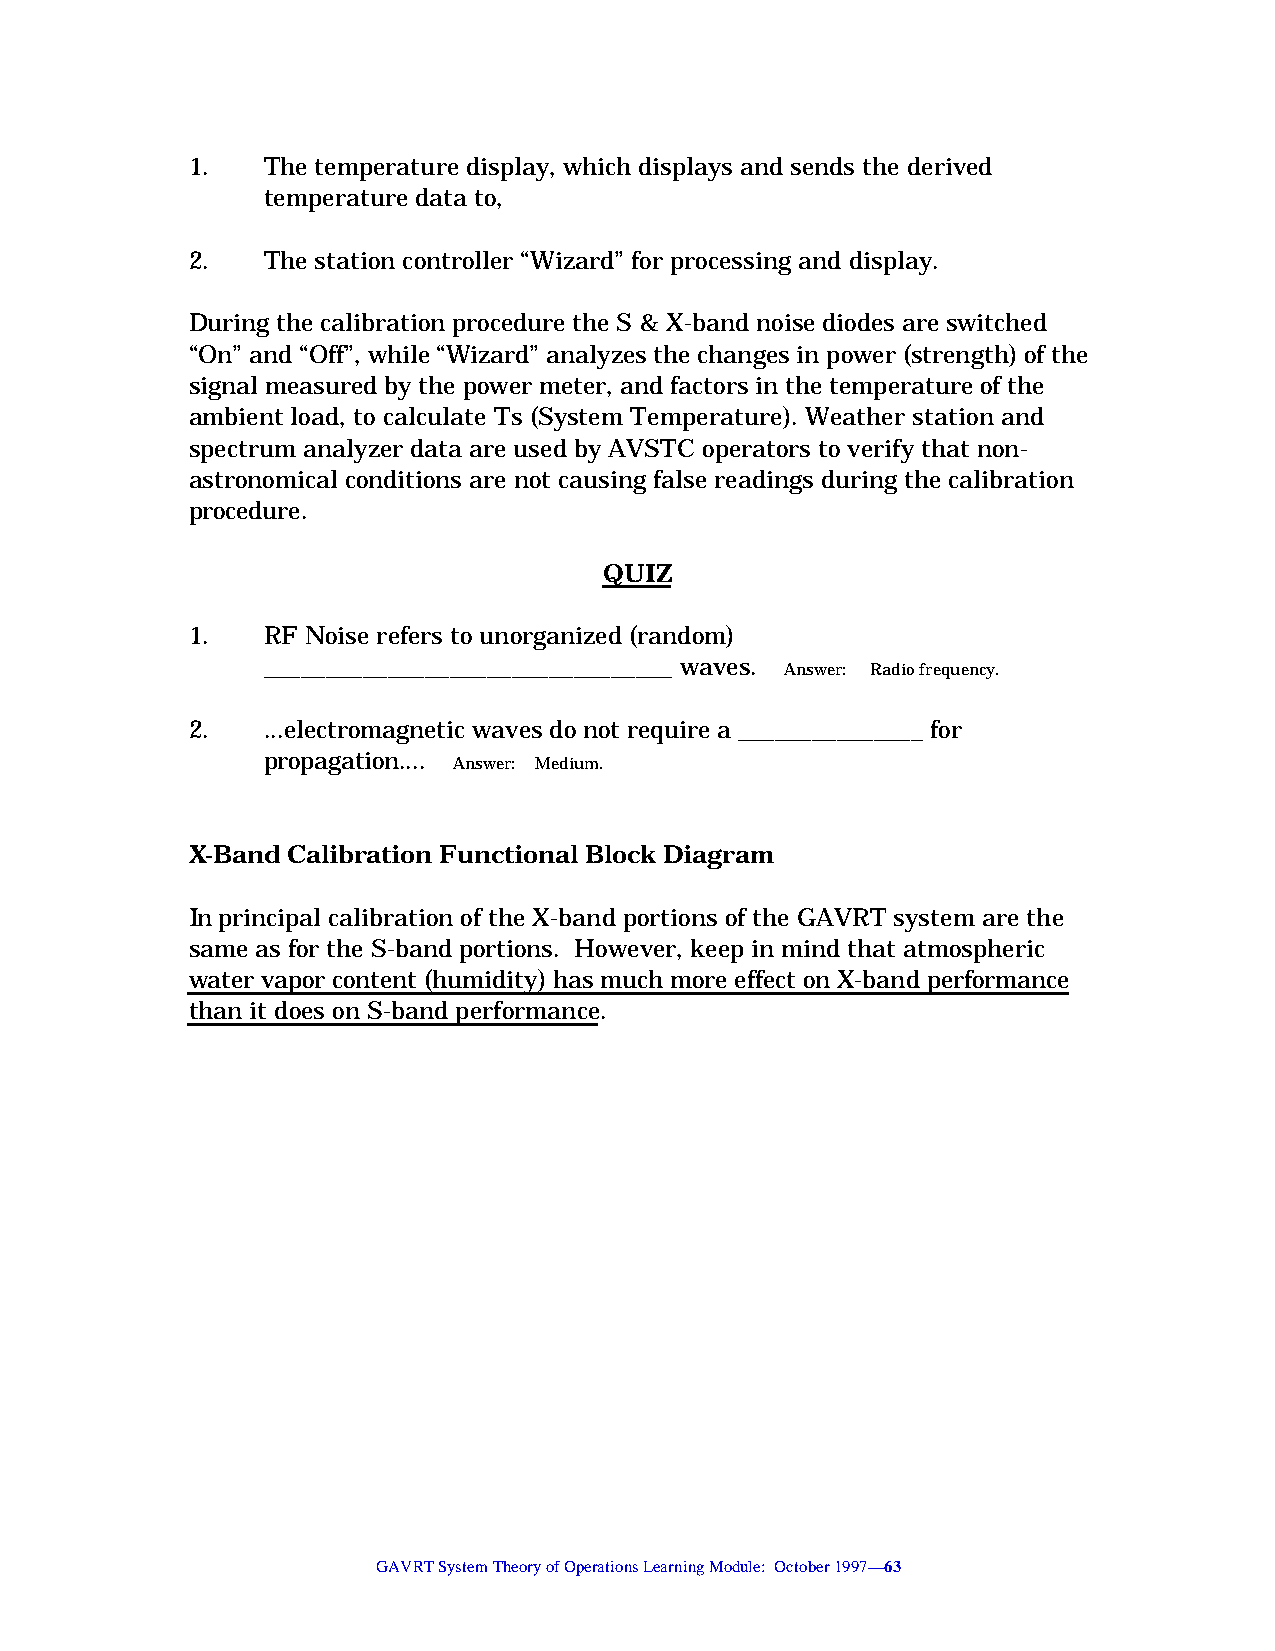
1.   The temperature display, which displays and sends the derived
 temperature data to,
 2.   The station controller “Wizard” for processing and display.
 During the calibration procedure the S & X-band noise diodes are switched
 “On” and “Off”, while “Wizard” analyzes the changes in power (strength) of the
 signal measured by the power meter, and factors in the temperature of the
 ambient load, to calculate Ts (System Temperature). Weather station and
 spectrum analyzer data are used by AVSTC operators to verify that non-
 astronomical conditions are not causing false readings during the calibration
 procedure.
 QUIZ
 1.   RF Noise refers to unorganized (random)
 _________________________________ waves. Answer: Radio frequency.
 2.   ...electromagnetic waves do not require a _______________ for
 propagation.... Answer: Medium.
 X-Band Calibration Functional Block Diagram
 In principal calibration of the X-band portions of the GAVRT system are the
 same as for the S-band portions. However, keep in mind that atmospheric
 water vapor content (humidity) has much more effect on X-band performance
 than it does on S-band performance.
 GAVRT System Theory of Operations Learning Module: October 1997—63